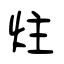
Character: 炷